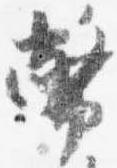
幣